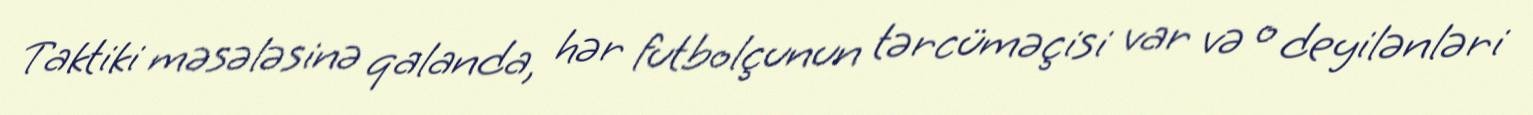
Taktiki məsələsinə qalanda, hər futbolçunun tərcüməçisi var və o deyilənləri